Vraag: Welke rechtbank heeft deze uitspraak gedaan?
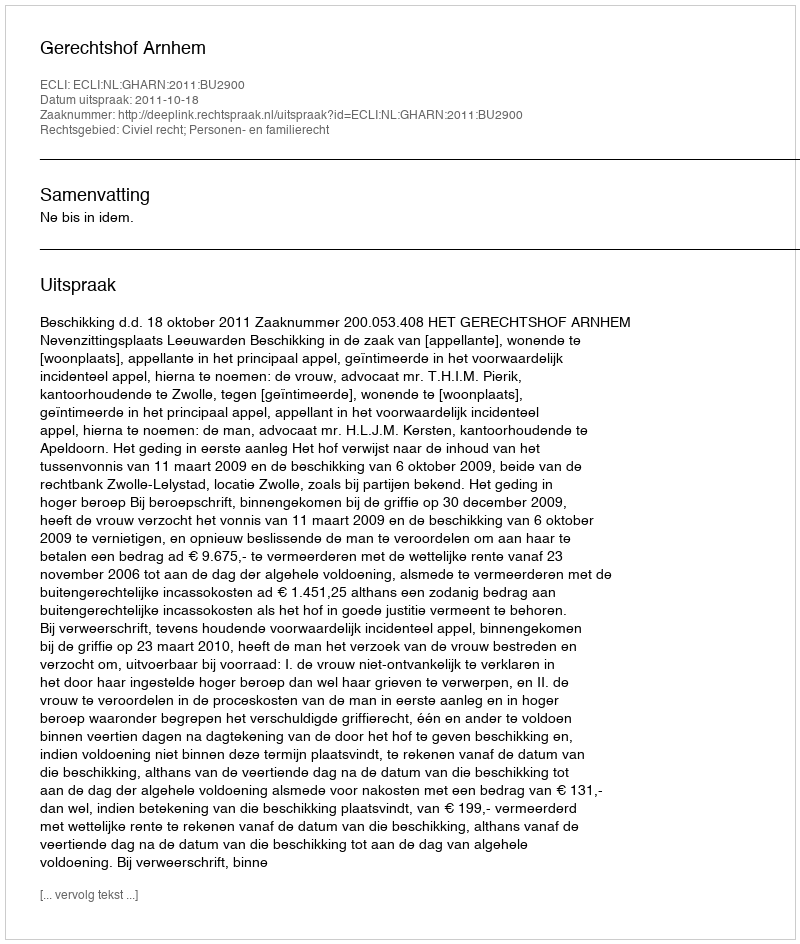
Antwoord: Gerechtshof Arnhem